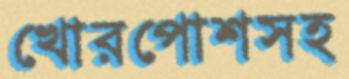
খোরপোশসহ